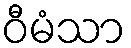
ဝီမံသာ